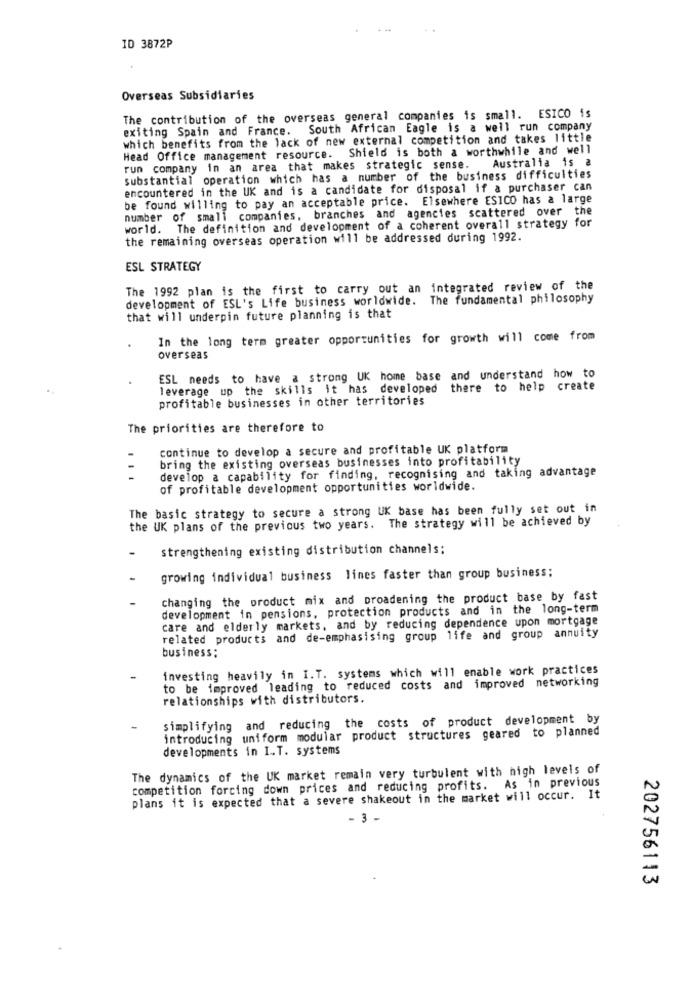
ID 3872P
Overseas Subsidiaries
The contribution of the overseas general companies is small. ESICO is
exiting Spain and France. South African Eagle is a well run company
which benefits from the lack of new external competition and takes little
Head Office management resource. Shield is both a worthwhile and well
Australia is @
run company in an area that makes strategic sense.
substantial operation which has a number of the business difficulties
encountered in the UK and is a candidate for disposal if a purchaser can
be found willing to pay an acceptable price. Elsewhere ESICO has a large
number of small companies, branches and agencies scattered over the
world. The definition and development of a coherent overall strategy for
the remaining overseas operation will be addressed during 1992.
ESL STRATEGY
The 1992 plan is the first to carry out an integrated review of the
development of ESL's Life business worldwide. The fundamental philosophy
that will underpin future planning is that
In the long term greater opportunities for growth will come from
overseas
ESL needs to have a strong UK home base and understand how to
leverage up the skills it has developed there to help create
profitable businesses in other territories
The priorities are therefore to
continue to develop a secure and profitable UK platform
bring the existing overseas businesses into profitability
develop a capability for finding, recognising and taking advantage
of profitable development opportunities worldwide.
The basic strategy to secure a strong UK base has been fully set out in
the UK plans of the previous two years. The strategy will be achieved by
strengthening existing distribution channels;
growing individual business lines faster than group business;
changing the product mix and broadening the product base by fast
development in pensions, protection products and in the long-term
care and elderly markets, and by reducing dependence upon mortgage
related products and de-emphasising group life and group annuity
business:
investing heavily in I.T. systems which will enable work practices
to be improved leading to reduced costs and improved networking
relationships with distributors.
simplifying and reducing the costs of product development by
introducing uniform modular product structures geared to planned
developments in I.T. systems
The dynamics of the UK market remain very turbulent with high levels of
competition forcing down prices and reducing profits. As in previous
plans it is expected that a severe shakeout in the market will occur. It
- 3 -
202756113